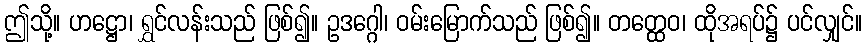
ဤသို့။ ဟဋ္ဌော၊ ရွှင်လန်းသည် ဖြစ်၍။ ဥဒဂ္ဂေါ၊ ဝမ်းမြောက်သည် ဖြစ်၍။ တတ္ထေဝ၊ ထိုအရပ်၌ ပင်လျှင်။